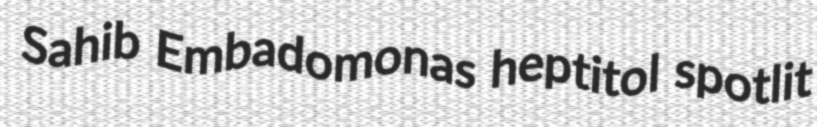
Sahib Embadomonas heptitol spotlit